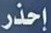
إحذر